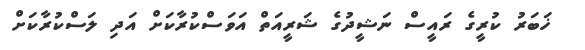
ޚަބަރު ކުރީގެ ރައީސް ނަޝީދުގެ ޝަރީއަތް އަވަސްކުރާކަށް އަދި ލަސްކުރާކަށް